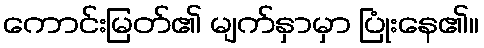
ကောင်းမြတ်၏ မျက်နှာမှာ ပြုံးနေ၏။